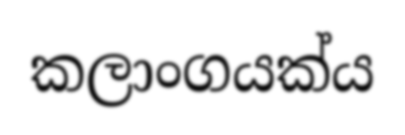
කලාංගයක්ය